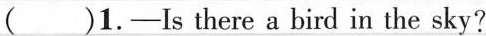
( )1.—Is there a bird in the sky?